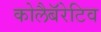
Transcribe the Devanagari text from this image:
कोलैबॅरेटिव